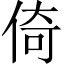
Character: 倚